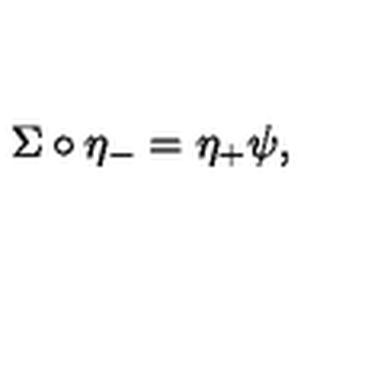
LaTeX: \Sigma \circ \eta _ { - } = \eta _ { + } \psi ,